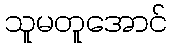
သူမတူအောင်